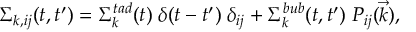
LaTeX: \Sigma _ { k , i j } ( t , t ^ { \prime } ) = \Sigma _ { k } ^ { t a d } ( t ) \; \delta ( t - t ^ { \prime } ) \; \delta _ { i j } + \Sigma _ { k } ^ { b u b } ( t , t ^ { \prime } ) \; { \cal P } _ { i j } ( \vec { k } ) ,